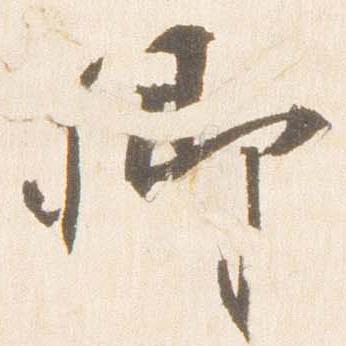
卿